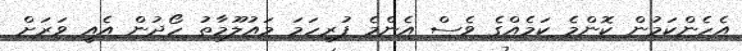
އެހެންކަމުން ކޮންމެ ކަމެއްގެ ވެސް އެންމެ ފުރިހަމަ މައުލޫމާތު ހޯދުން އެއީ ވަރަށް